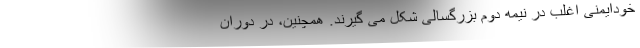
خودایمنی اغلب در نیمه دوم بزرگسالی شکل می گیرند. همچنین، در دوران